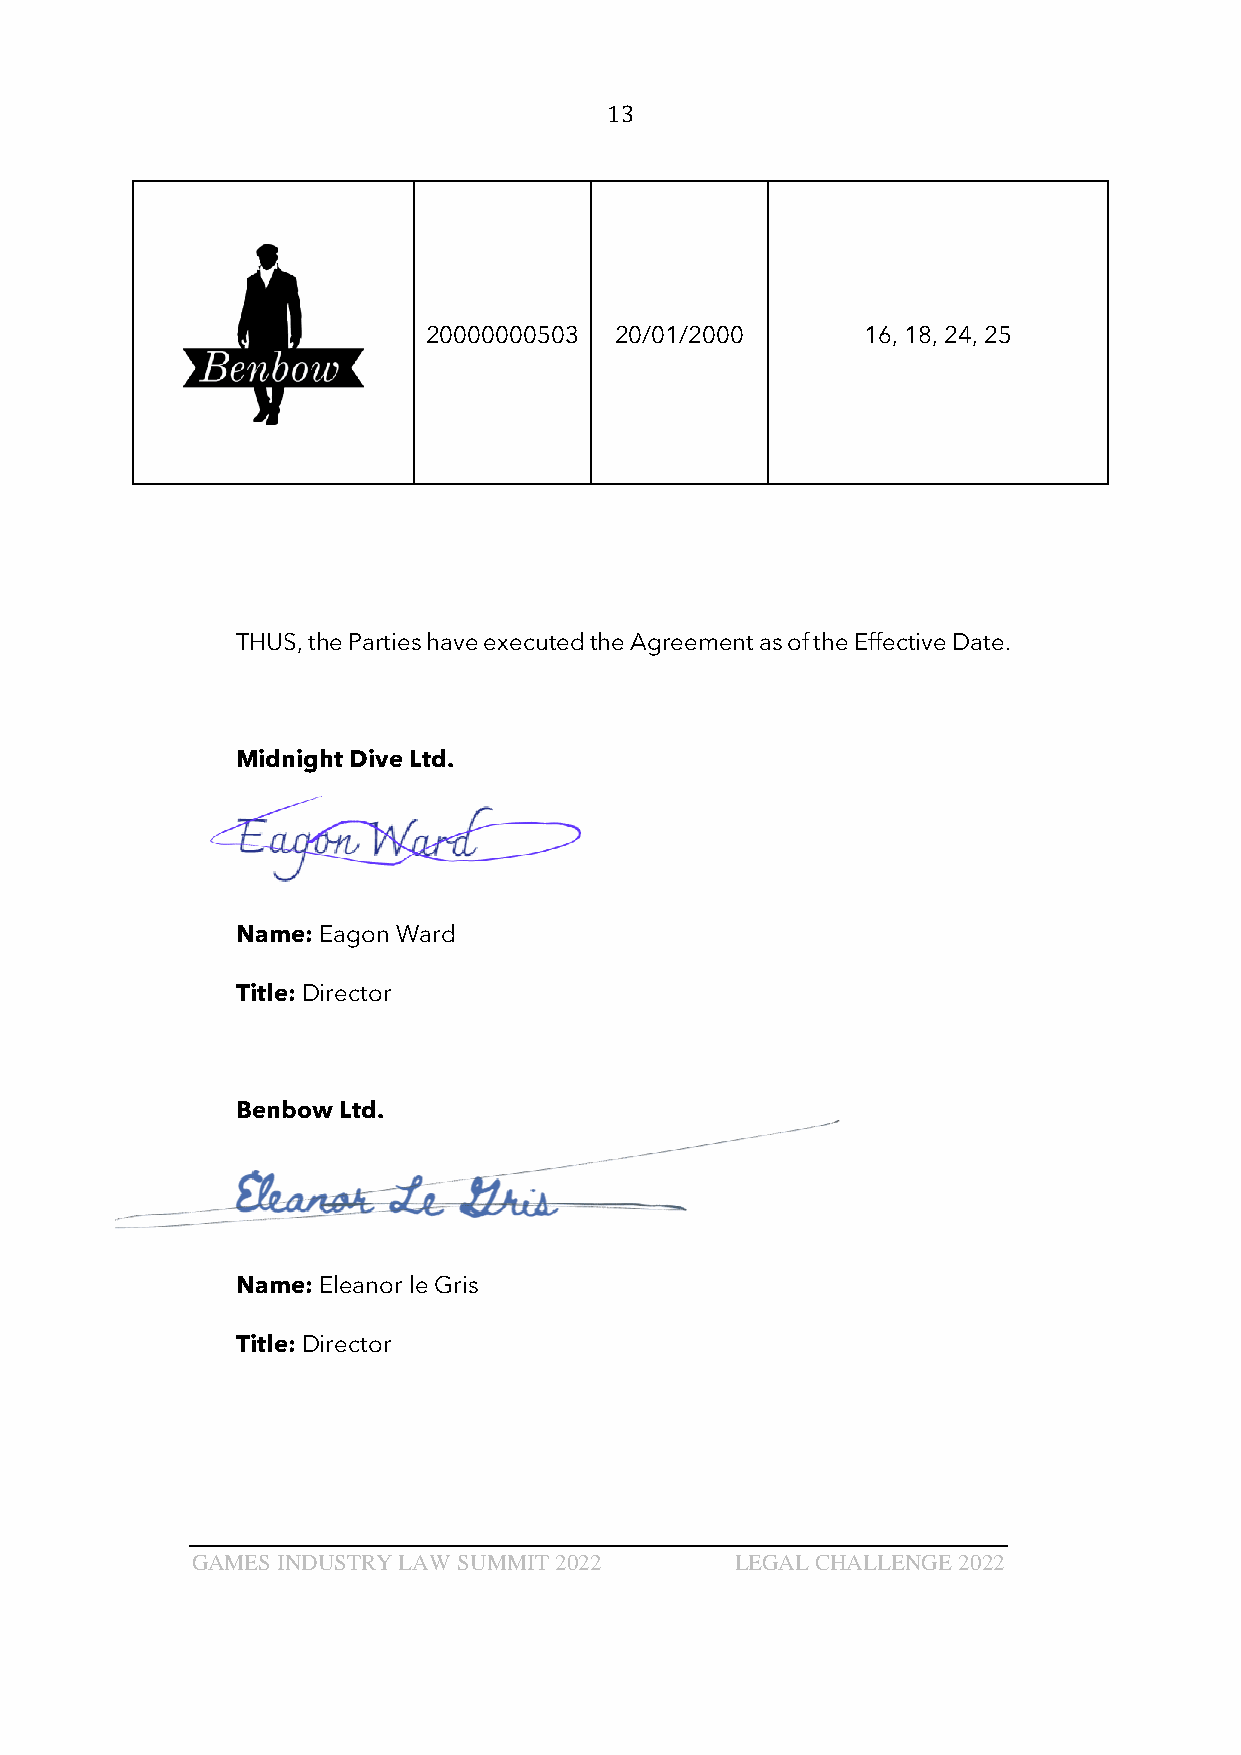
13
 20000000503  20/01/2000      16, 18, 24, 25
 THUS, the Parties have executed the Agreement as of the Effective Date.
 Midnight Dive Ltd.
 Name: Eagon Ward
 Title: Director
 Benbow Ltd.
 Name: Eleanor le Gris
 Title: Director
 GAMES INDUSTRY LAW SUMMIT 2022      LEGAL CHALLENGE 2022